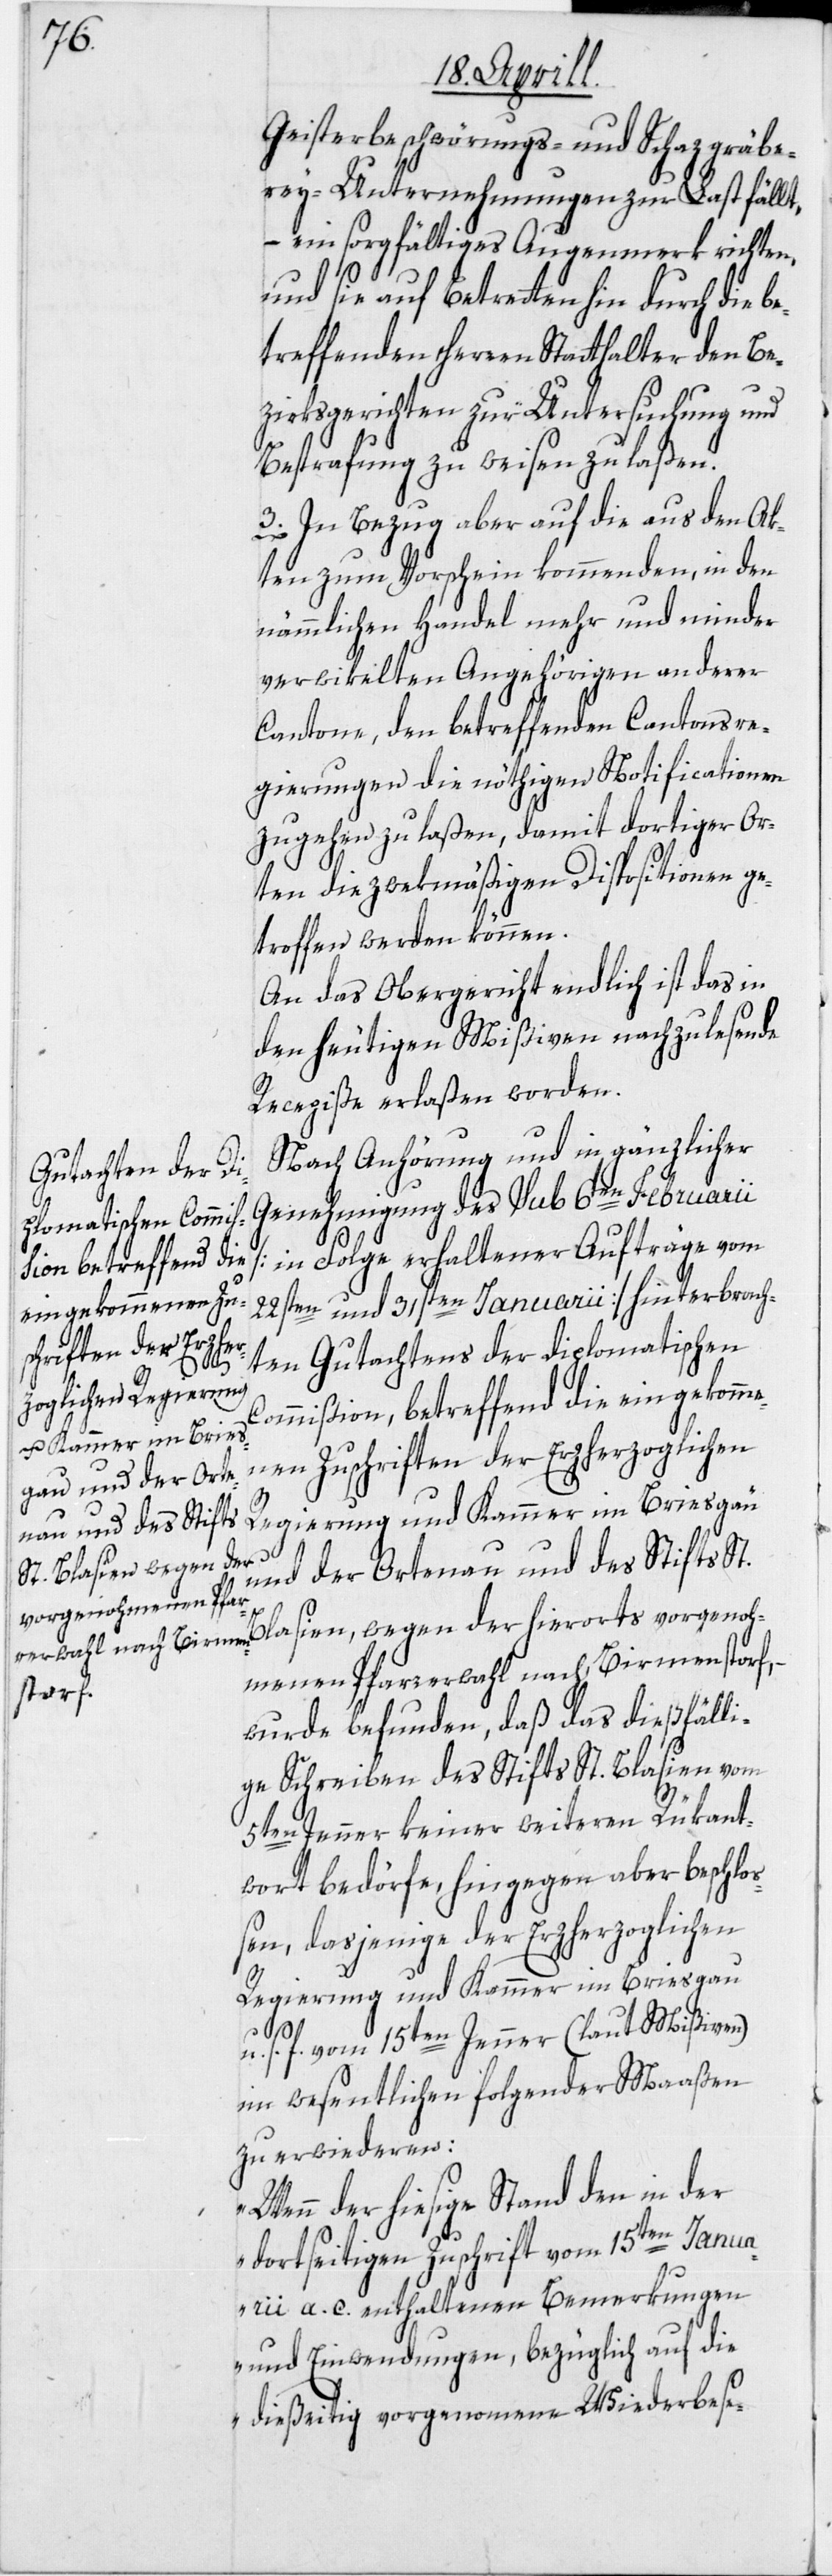
Geisterbeschwörungs- und Schazgräbe¬
rey-Unternehmungen zur Last fällt,
– ein sorgfältiges Augenmerk richten,
und sie auf Betretten hin durch die be¬
treffenden Herren Statthalter den Be¬
zirksgerichten zur Untersuchung und
Bestrafung zu weisen zu laßen.
3. In Bezug aber auf die aus den Ak¬
ten zum Vorschein kommenden, in den
nämmlichen Handel mehr und minder
verwikelten Angehörigen anderer
Cantone, den betreffenden Cantonsre¬
gierungen die nöthigen Notificationen
zugehen zu laßen, damit dortiger Or¬
ten die zwekmäßigen Dispositionen ge¬
troffen werden können.
An das Obergericht endlich ist das in
den heutigen Mißiven nachzulesende
Recepiße erlaßen worden.
Nach Anhörung und in gänzlicher
Genehmigung des sub 6ten Februarii
[in Folge erhaltener Aufträge vom
22sten und 31sten Januarii] hinterbrach¬
ten Gutachtens der diplomatischen
Commißion, betreffend die eingekomme¬
nen Zuschriften der Erzherzoglichen
Regierung und Kammer im Briesgau
und der Ortenau und des Stifts St.
Blasien, wegen der hierorts vorgenoh¬
menen Pfarrerwahl nach Birmenstorf,
wurde befunden, daß das dießfälli¬
ge Schreiben des Stifts St. Blasien vom
5ten Jenner keiner weiteren Rükant¬
wort bedörfe, hingegen aber beschloß¬
en, dasjenige der Erzherzoglichen
Regierung und Kammer im Briesgau
u.
s. f. vom 15ten Jenner (laut Mißiven)
im wesentlichen folgender Maaßen
zu erwiederen:
„Wenn der hiesige Stand den in der
dortseitigen Zuschrift vom 15ten Janua¬
rii a. c. enthaltenen Bemerkungen
und Einwendungen, bezüglich auf die
dießeitig vorgenom[m]ene Wiederbese-